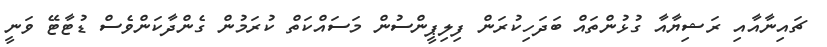
ޗައިނާއާއި ރަޝިޔާއާ ގުޅުންތައް ބަދަހިކުރަން ފިލިޕީންސުން މަސައްކަތް ކުރަމުން ގެންދާކަންވެސް ޑުޓާޓޭ ވަނީ